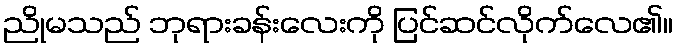
ညိုမသည် ဘုရားခန်းလေးကို ပြင်ဆင်လိုက်လေ၏။